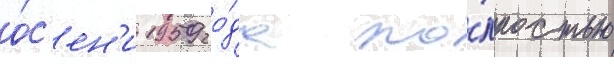
о́с'ен'и 1959 го́да по́лностью